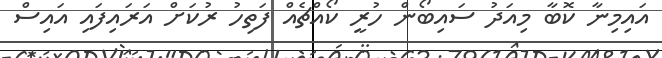
އައިމިނާ ކޮބާ މިއަދު ސައިބޯން ހުރީ ކޯއްޗެއް ފަތިހު ރުކަށް އަރައިފައި އައިސް